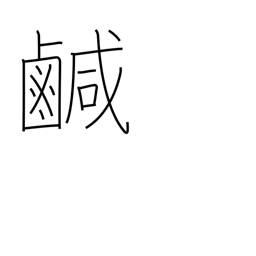
Meaning: salty